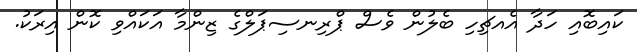
ކައިބޮއި ހަދާ އެއޗިހި ބެލުން ވެސް ޕްރިނސިޕަލްގެ ޒިންމާ އަަކައްވި ކޮން އިރަކު.